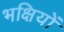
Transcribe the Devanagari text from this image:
भक्षियों